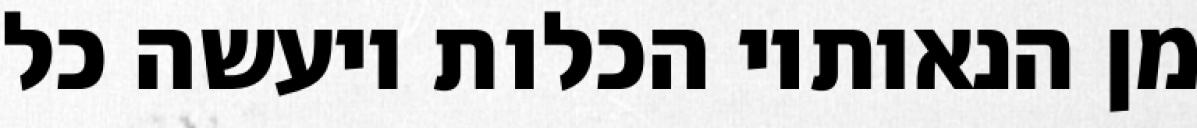
מן הנאותיו הכלות ויעשה כל